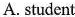
A.student